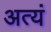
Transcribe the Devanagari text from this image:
अत्यं